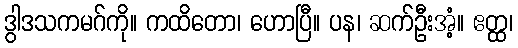
ဒွါဒသကမဂ်ကို။ ကထိတော၊ ဟောပြီ။ ပန၊ ဆက်ဦးအံ့။ ဧတ္ထ၊